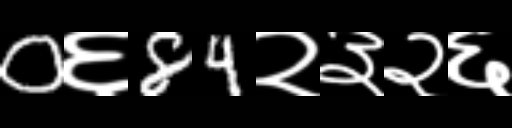
Text: 0६84२३२६